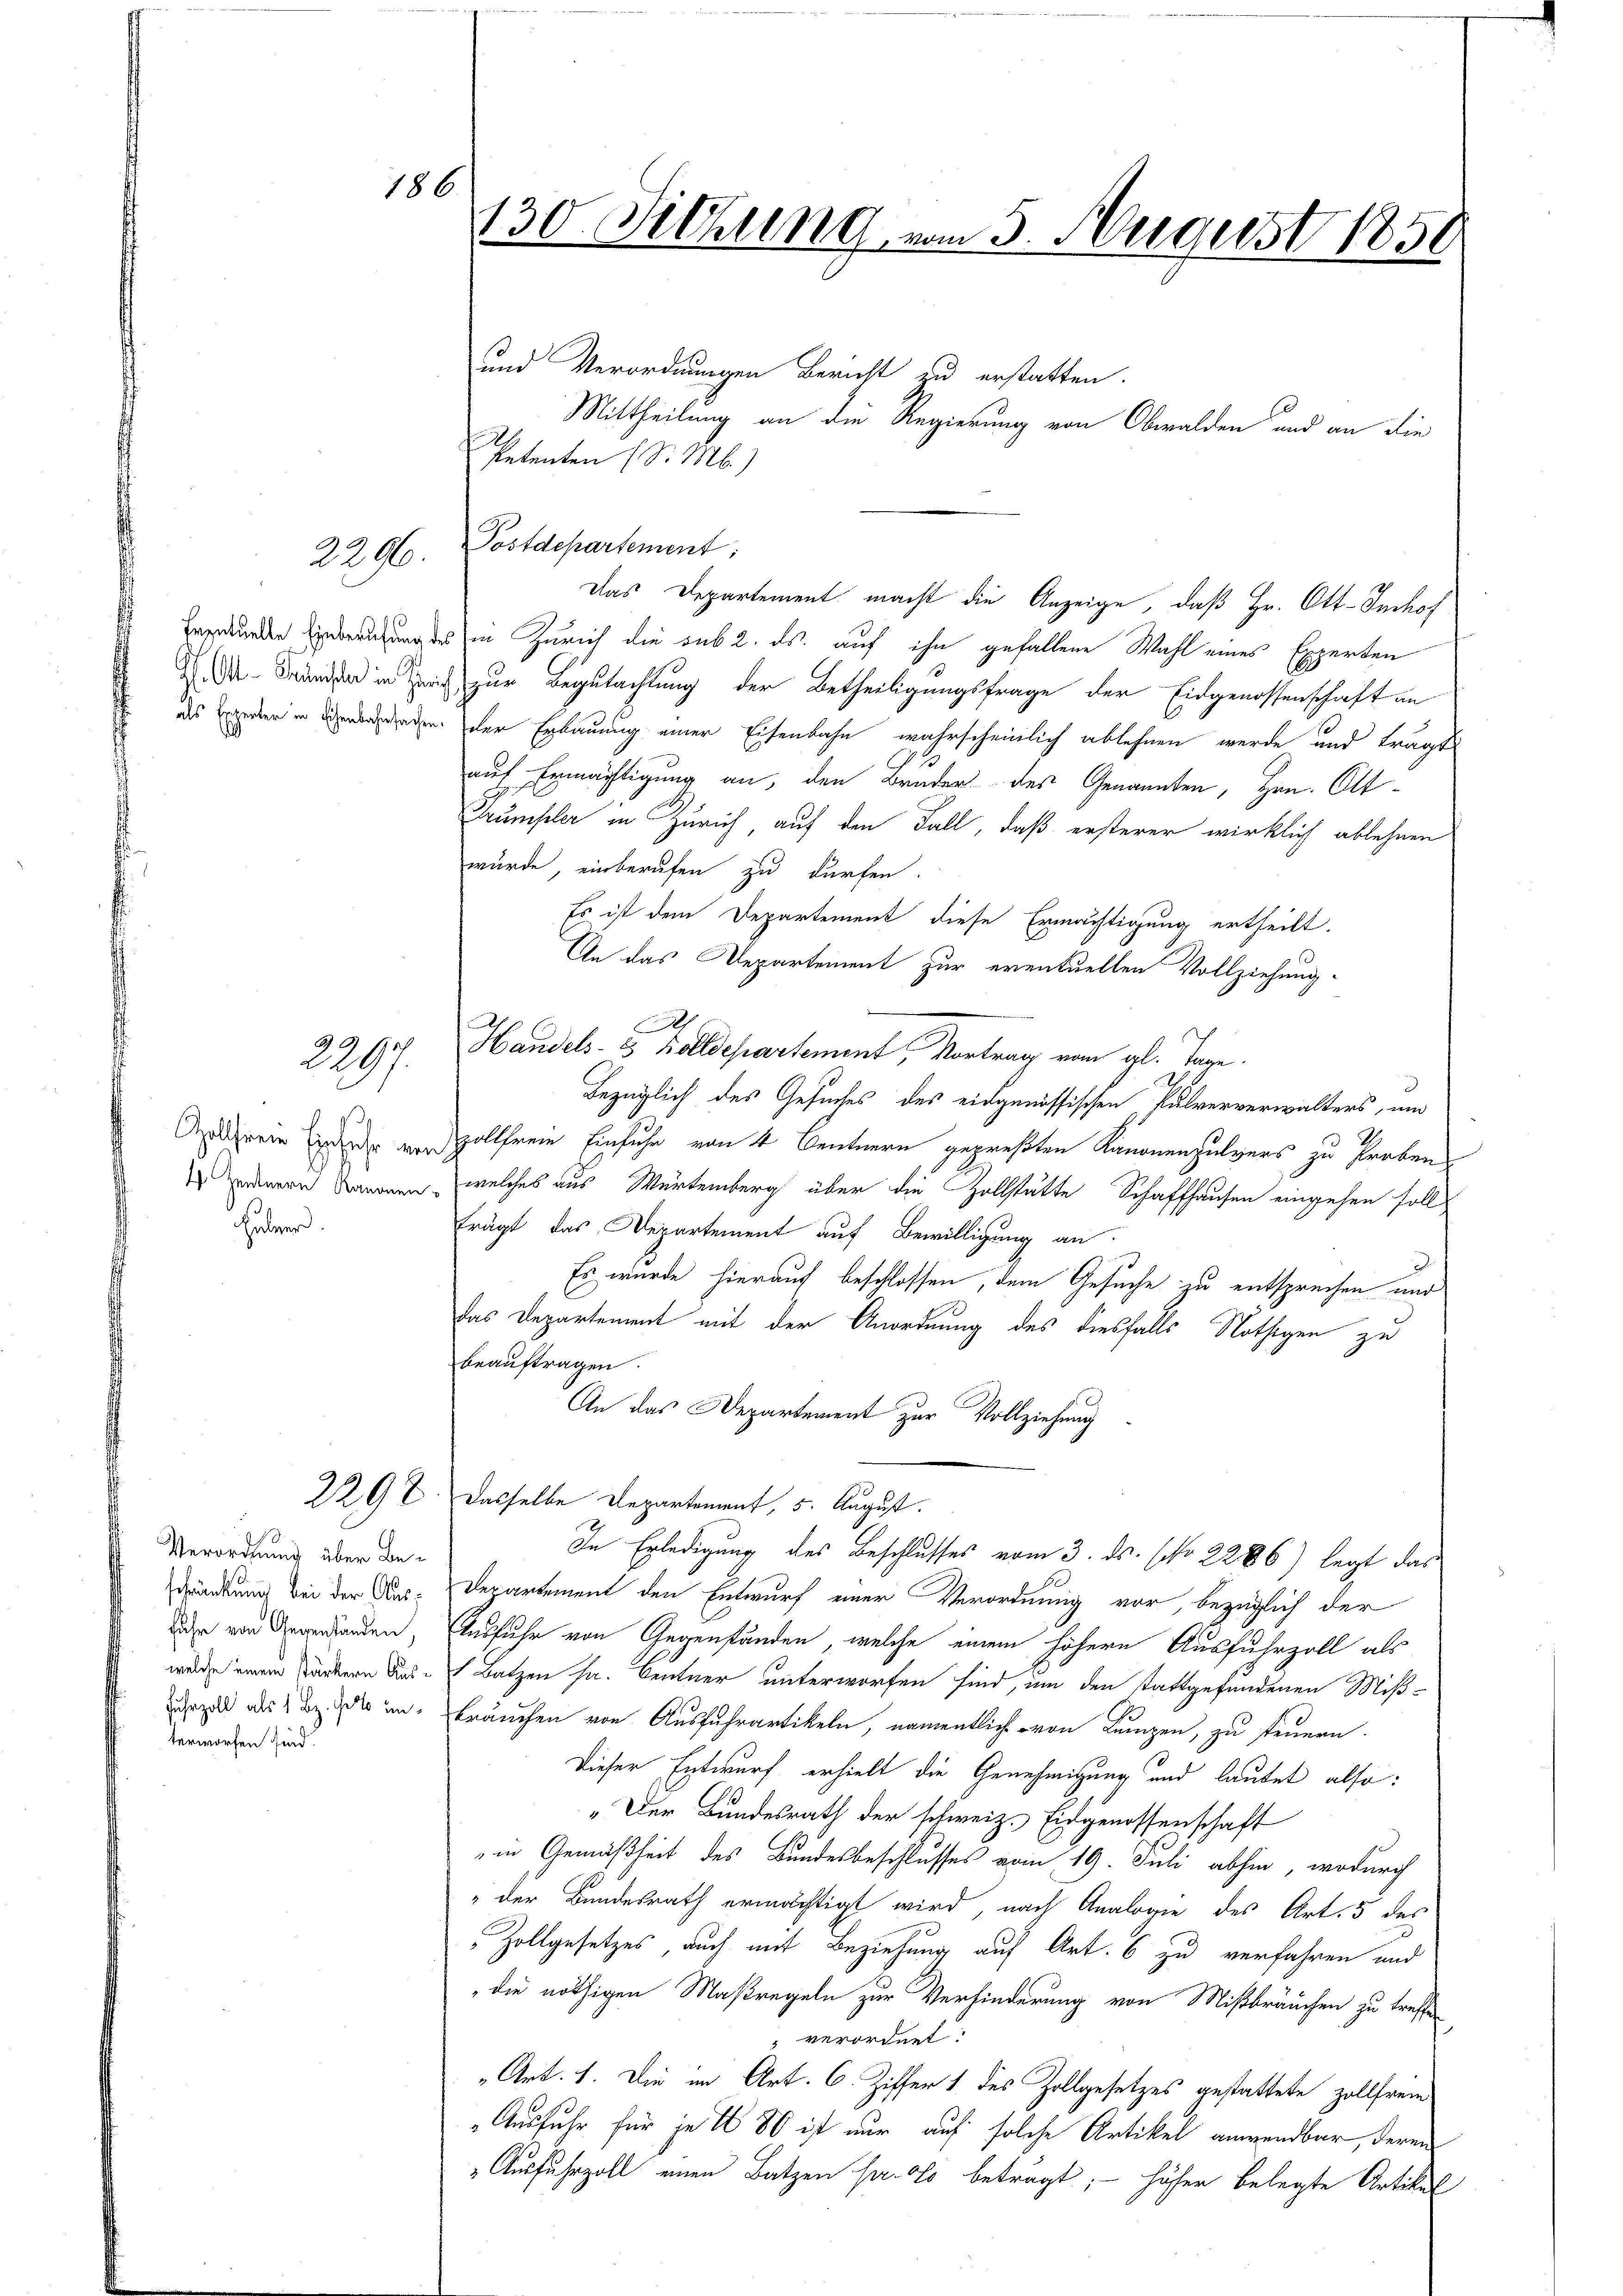
186

2297.

Huber.

Verordnung über Beschränkung bei der Ausfuhr von Gegenständen,
fuhrzoll als 1. Bz. so unterworfen sind.

und Verordnungen Bericht zu erstatten.
Petenten (S. M.)
Das Departement macht die Anzeige, daß Hr. Ott-Imhof
Ererbunder Einberufung des in Zürich die sub 2. ds. auf ihn gefallene Wahl eines Experten
. und in Zeit zur Begutachtung der Betheiligungsfrage der Eidgenossenschaft an
des Bruder in werden gegen der Erbauung einer Eisenbahn wahrscheinlich ablehnen werde und trägt
auf Ermächtigung an, den Bruder des Genannten, Hrn. Ott¬
Trumpler in Zürich, auf den Fall, daß ersterer wirklich ablehnen
würde, einberufen zu dürfen.
Es ist dem Departement diese Ermächtigung ertheilt.
An das Departement zur eventuellen Vollziehung.
Handels- & Bolldepartement, Vortrag vom gl. Tage.
Bezüglich des Gesuches des eidgenössischen Pulververwalters, un
Ahren rollfreie Einfuhr von 4 Centnern gepreßten Kanonenpulvers zu Proben
 andern Kanonen, welches aus Würtemberg über die Zollstätte Schaffhausen eingehen soll
trägt das Departement auf Bewilligung an
Es wurde hierauf beschlossen, dem Gesuche zu entsprechen und
Das Departement mit der Anordnung des diesfalls Nöthigen zu
beauftragen.
An das Departement zur Vollziehung
2292. Dasselbe Departement, 5. August.
In Erledigung des Beschlusses vom 3. ds. (No 2286) legt das
Derartement den Entwurf einer Verordnung vor, bezüglich der
Ausfuhr von Gegenständen, welche einem höhere Ausfuhrzoll als
werde einem Stärkern das Batzen s. Centner unterworfen sind, um den stattgefundenen Miß-
bräuchen von Ausfuhrartikeln, namentlich von Lumpen, zu steuern.
Dieser Entwurf erhielt die Genehmigung und lautet also:
„Der Bundesrath der schweiz. Eidgenossenschaft
in Gemäßheit des Bundesbeschlusses vom 19. Juli abhin, wodurch
"der Bundesrath ermächtigt wird, nach Analogie des Art. 5 des
Zollgesetzes, auch mit Beziehung auf Art. 6 zu verfahren und
die nöthigen Maßregeln zur Verfinderung von Mißbräuchen zu treffen
verordnet:
Art. 1. Die im Art. 6. Ziffer 1 des Zollgesetzes gestattete Zollfrem¬
Ausfuhr für je 1 80 ist nur auf solche Artikel anwendbar, deren
Ausfuhrzoll einen Batzen prolo beträgt; – höher belegte Artikel

2296. Postdepartement;

A

130 Sitzung vom 5. August 1850

h

Mittheilung an die Regierung von Obwalden und an die